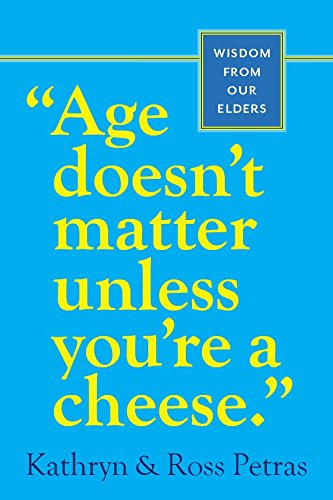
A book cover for "Age Doesn't Matter Unless You're a Cheese": Wisdom from Our Elders; Kathryn Petras; Politics & Social Sciences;